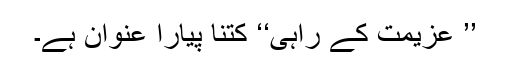
’’ عزیمت کے راہی‘‘ کتنا پیارا عنوان ہے۔